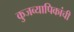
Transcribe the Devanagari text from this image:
कुजव्यापिकांची